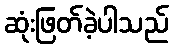
ဆုံးဖြတ်ခဲ့ပါသည်